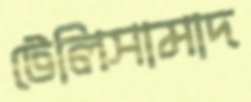
টেলিসামাদ